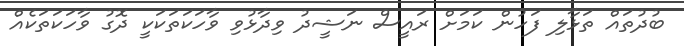
ބުދުތައް ތަޅާލި ފަހުން ކަމަށް ރައީސް ނަޝީދު ވިދާޅުވި ވާހަކަތަކަކީ ދޮގު ވާހަކަތަކެއް